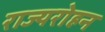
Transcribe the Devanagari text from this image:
राज्यरोहन